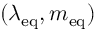
( \lambda _ { \mathrm { { e q } } } , m _ { \mathrm { { e q } } } )